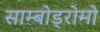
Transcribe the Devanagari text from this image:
साम्बोड्रोमो